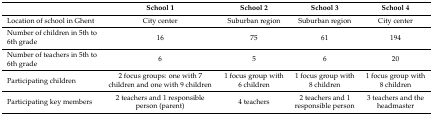
<table><thead><tr><td></td><td><b>School 1</b></td><td><b>School 2</b></td><td><b>School 3</b></td><td><b>School 4</b></td></tr></thead><tbody><tr><td>Location of school in Ghent</td><td>City center</td><td>Suburban region</td><td>Suburban region</td><td>City center</td></tr><tr><td>Number of children in 5th to 6th grade</td><td>16</td><td>75</td><td>61</td><td>194</td></tr><tr><td>Number of teachers in 5th to 6th grade</td><td>6</td><td>5</td><td>6</td><td>20</td></tr><tr><td>Participating children</td><td>2 focus groups: one with 7 children and one with 9 children</td><td>1 focus group with 6 children</td><td>1 focus group with 8 children</td><td>1 focus group with 8 children</td></tr><tr><td>Participating key members</td><td>2 teachers and 1 responsible person (parent)</td><td>4 teachers</td><td>2 teachers and 1 responsible person</td><td>3 teachers and the headmaster</td></tr></tbody></table>